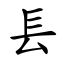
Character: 镸